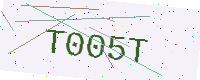
Text: T005T